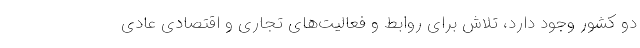
دو کشور وجود دارد، تلاش برای روابط و فعالیت‌های تجاری و اقتصادی عادی